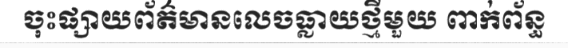
ចុះផ្សាយព័ត៌មានលេចធ្លាយថ្មីមួយ ពាក់ព័ន្ធ